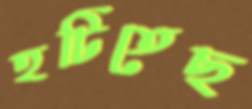
হটিতেছ